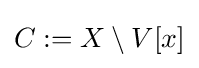
C:=X\setminus V[x]